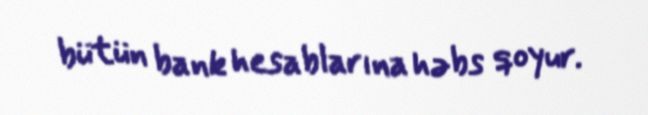
bütün bank hesablarına həbs qoyur.